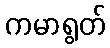
ကမာရွတ်